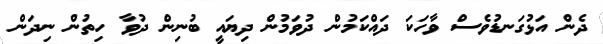
ދެން އަޅުގަނޑުވެސް ވާހަކަ ދައްކަމުން ދުވަމުން ދިޔައީ ބުނިން ދުވާ ހިތުން ނިދަން